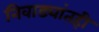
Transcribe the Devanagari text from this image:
निवाड्यांतही